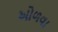
ઓળવા